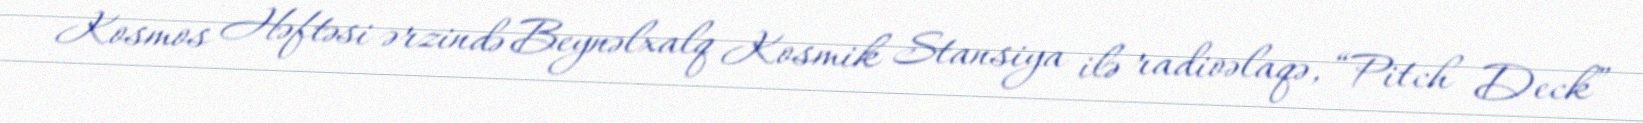
Kosmos Həftəsi ərzində Beynəlxalq Kosmik Stansiya ilə radioəlaqə, “Pitch Deck”